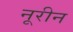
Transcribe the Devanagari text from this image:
नूरीन